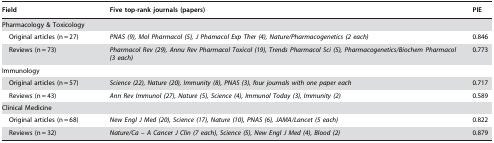
| Field | Five top-rank journals (papers) | PIE |
 | --- | --- | --- |
 | Pharmacology & Toxicology |  |  |
 | Original articles (n = 27) | PNAS (9), Mol Pharmacol (5), J Phamacol Exp Ther (4), Nature/Pharmacogenetics (2 each) | 0.846 |
 | Reviews (n = 73) | Pharmacol Rev (29), Annu Rev Pharmacol Toxicol (19), Trends Pharmacol Sci (5), Pharmacogenetics/Biochem Pharmacol (3 each) | 0.773 |
 | Immunology |  |  |
 | Original articles (n = 57) | Science (22), Nature (20), Immunity (8), PNAS (3), four journals with one paper each | 0.717 |
 | Reviews (n = 43) | Ann Rev Immunol (27), Nature (5), Science (4), Immunol Today (3), Immunity (2) | 0.589 |
 | Clinical Medicine |  |  |
 | Original articles (n = 68) | New Engl J Med (20), Science (17), Nature (10), PNAS (6), JAMA/Lancet (5 each) | 0.822 |
 | Reviews (n = 32) | Nature/Ca – A Cancer J Clin (7 each), Science (5), New Engl J Med (4), Blood (2) | 0.879 |